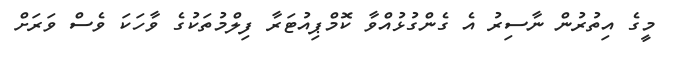
މީގެ އިތުރުން ނާސިރު އެ ގެންގުޅުއްވާ ކޮމްޕިއުޓަރާ ފިލްމުތަކުގެ ވާހަކަ ވެސް ވަރަށް